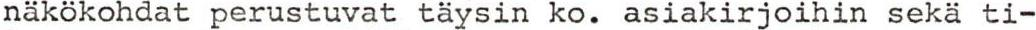
näkökohdat perustuvat täysin ko. asiakirjoihin sekä ti-